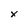
Character: X